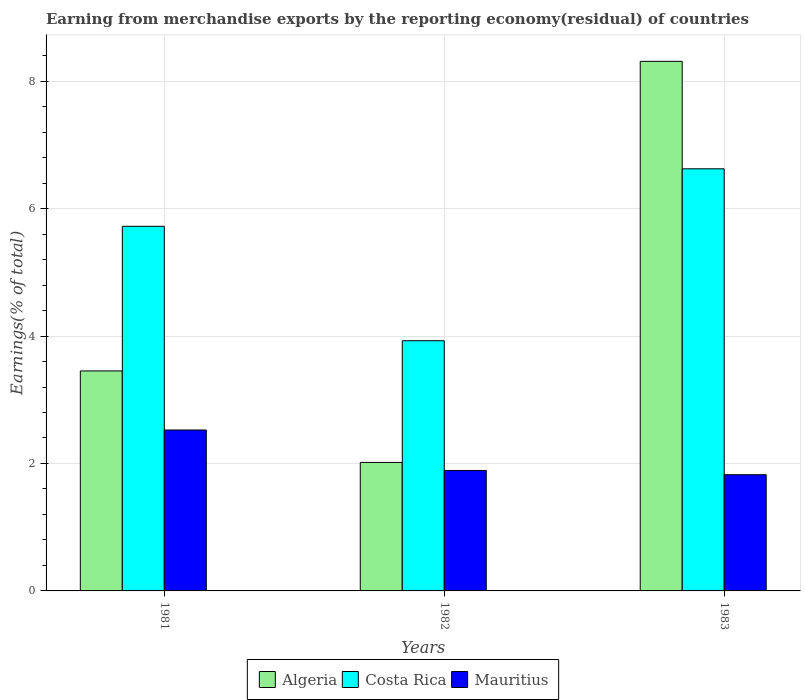
| Years | Algeria | Costa Rica | Mauritius |
 | --- | --- | --- | --- |
 | 1981 | 3.45 | 5.72 | 2.53 |
 | 1982 | 2.02 | 3.93 | 1.89 |
 | 1983 | 8.31 | 6.62 | 1.82 |